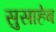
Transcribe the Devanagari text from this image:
सुसाहेब